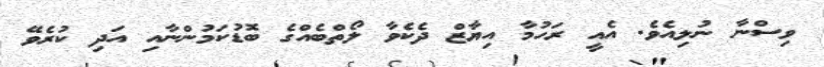
ވިސްނާ ނުލިއެވެ. އެއީ ރަހުމާ އިޔާޒް ދެކެވާ ލޯތްބެއްގެ ބޮޑުކަމުންނާއި އަދި ކުރެވޭ